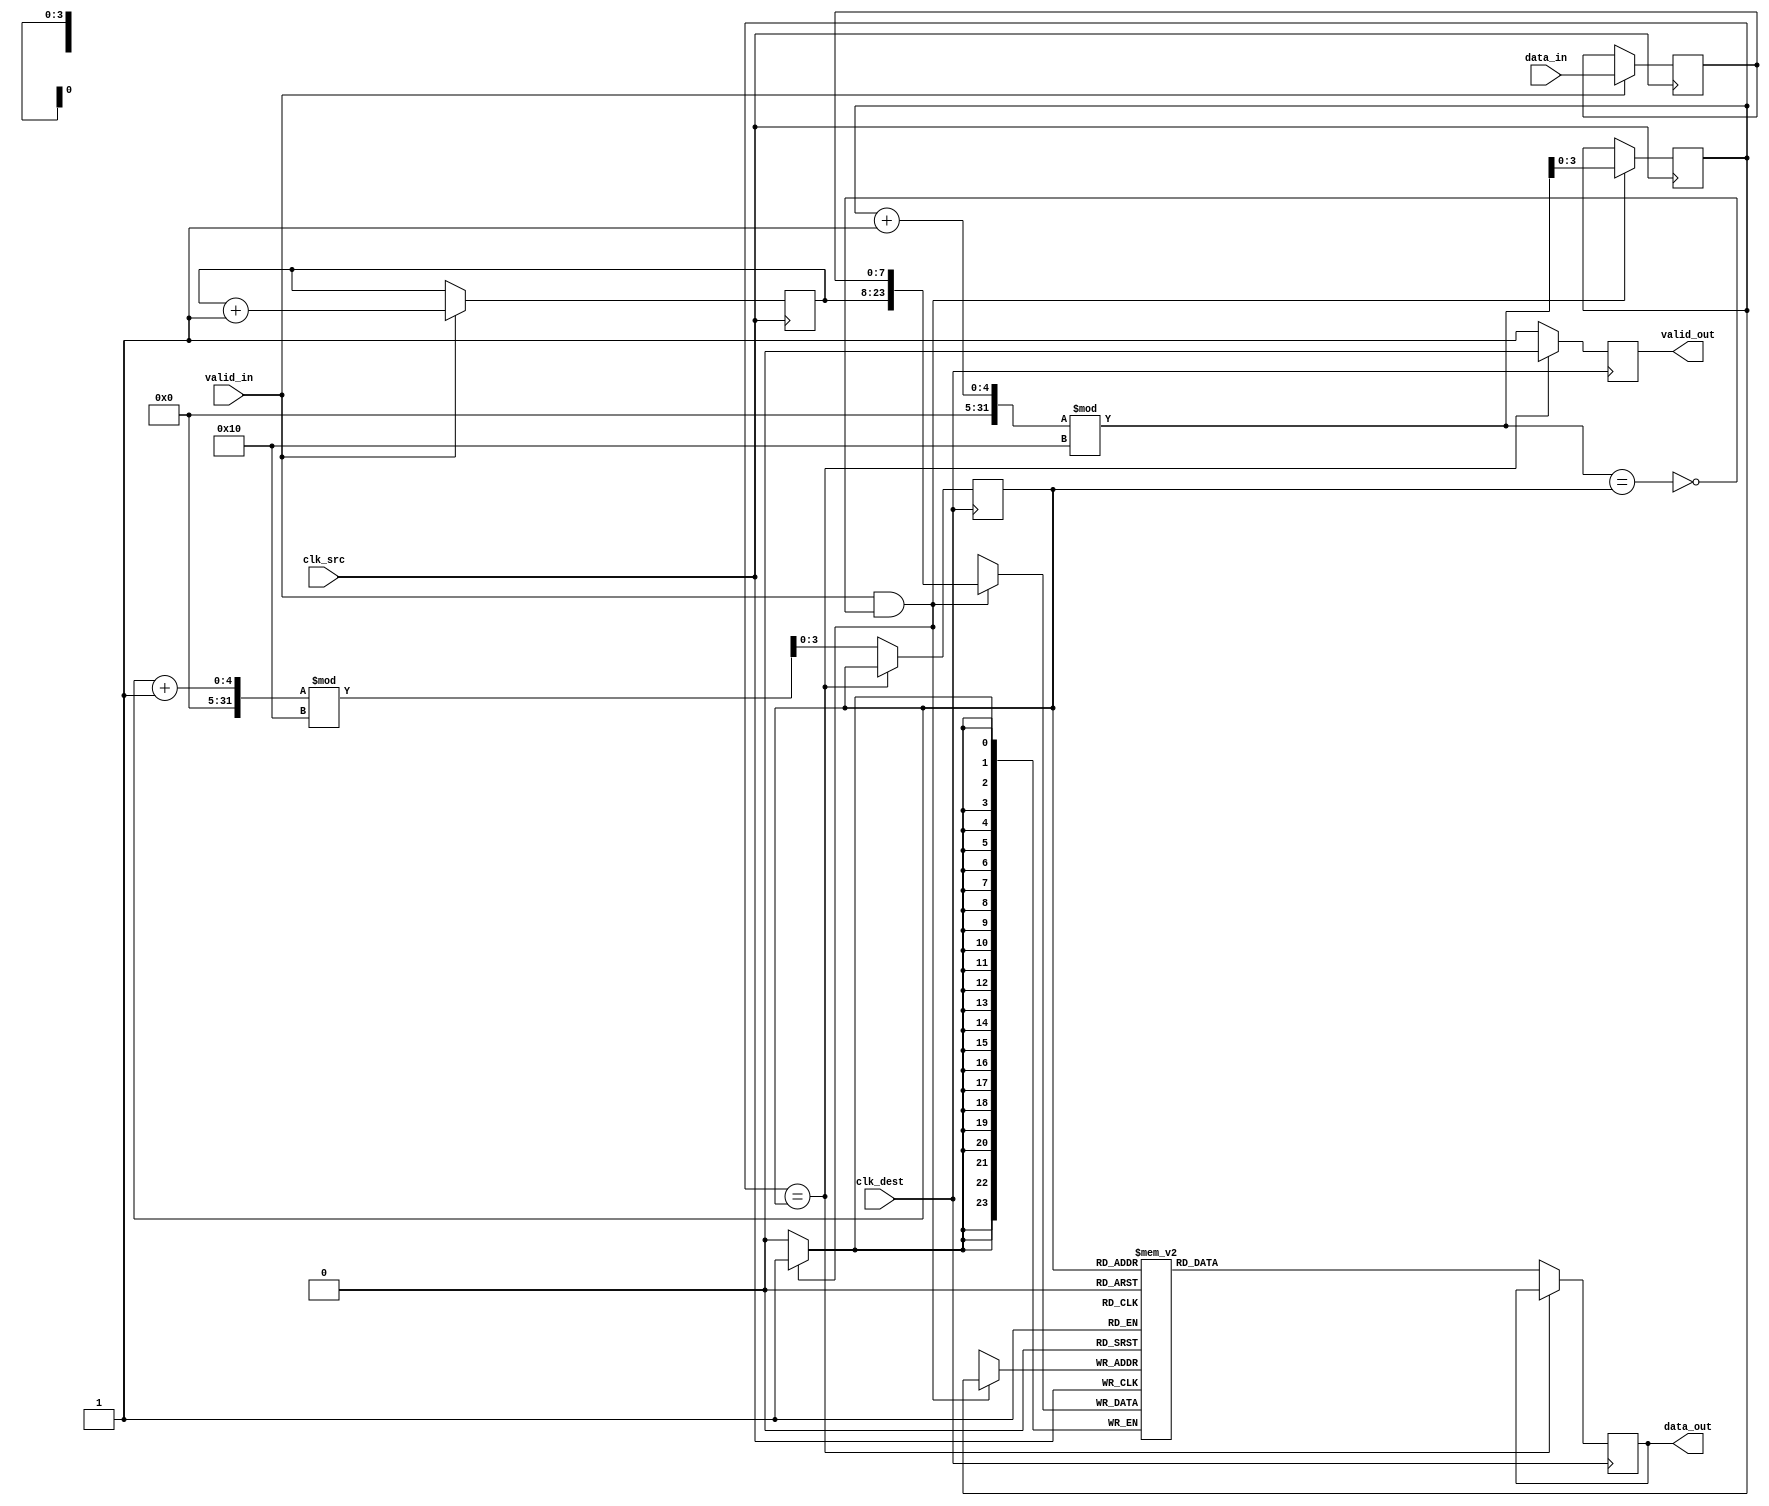
module TimeStampedSynchronizer (
    input wire clk_src,             // Source clock
    input wire clk_dest,            // Destination clock
    input wire [DATA_WIDTH-1:0] data_in, // Input data
    input wire valid_in,            // Input valid signal
    output reg [DATA_WIDTH+TS_WIDTH-1:0] data_out, // Output data + timestamp
    output reg valid_out            // Output valid signal
);
    parameter DATA_WIDTH = 8;      // Width of the data
    parameter TS_WIDTH = 16;        // Width of the timestamp
    parameter FIFO_DEPTH = 16;      // Depth of FIFO

    // Internal signals
    reg [DATA_WIDTH-1:0] data_reg;
    reg [TS_WIDTH-1:0] timestamp;
    wire [DATA_WIDTH+TS_WIDTH-1:0] fifo_data;
    wire fifo_full, fifo_empty;

    // Simple timestamp generator
    reg [TS_WIDTH-1:0] ts_counter;
    
    always @(posedge clk_src) begin
        if (valid_in) begin
            data_reg <= data_in;                      // Latch the incoming data
            ts_counter <= ts_counter + 1;             // Increment timestamp
        end
    end

    // FIFO Buffer implementation (simplified version)
    reg [DATA_WIDTH+TS_WIDTH-1:0] fifo [0:FIFO_DEPTH-1];
    reg [3:0] write_pointer, read_pointer;
    
    always @(posedge clk_src) begin
        if (valid_in && !fifo_full) begin
            fifo[write_pointer] <= {ts_counter, data_reg}; // concatenate and write to FIFO
            write_pointer <= (write_pointer + 1) % FIFO_DEPTH;
        end
    end
   
    always @(posedge clk_dest) begin
        if (!fifo_empty) begin
            data_out <= fifo[read_pointer];         // Read from FIFO
            read_pointer <= (read_pointer + 1) % FIFO_DEPTH;
            valid_out <= 1'b1;                       // Set output valid signal
        end else begin
            valid_out <= 1'b0;                       // Reset output valid signal
        end
    end

    // FIFO status flags
    assign fifo_full = (write_pointer + 1) % FIFO_DEPTH == read_pointer;
    assign fifo_empty = (write_pointer == read_pointer);

endmodule